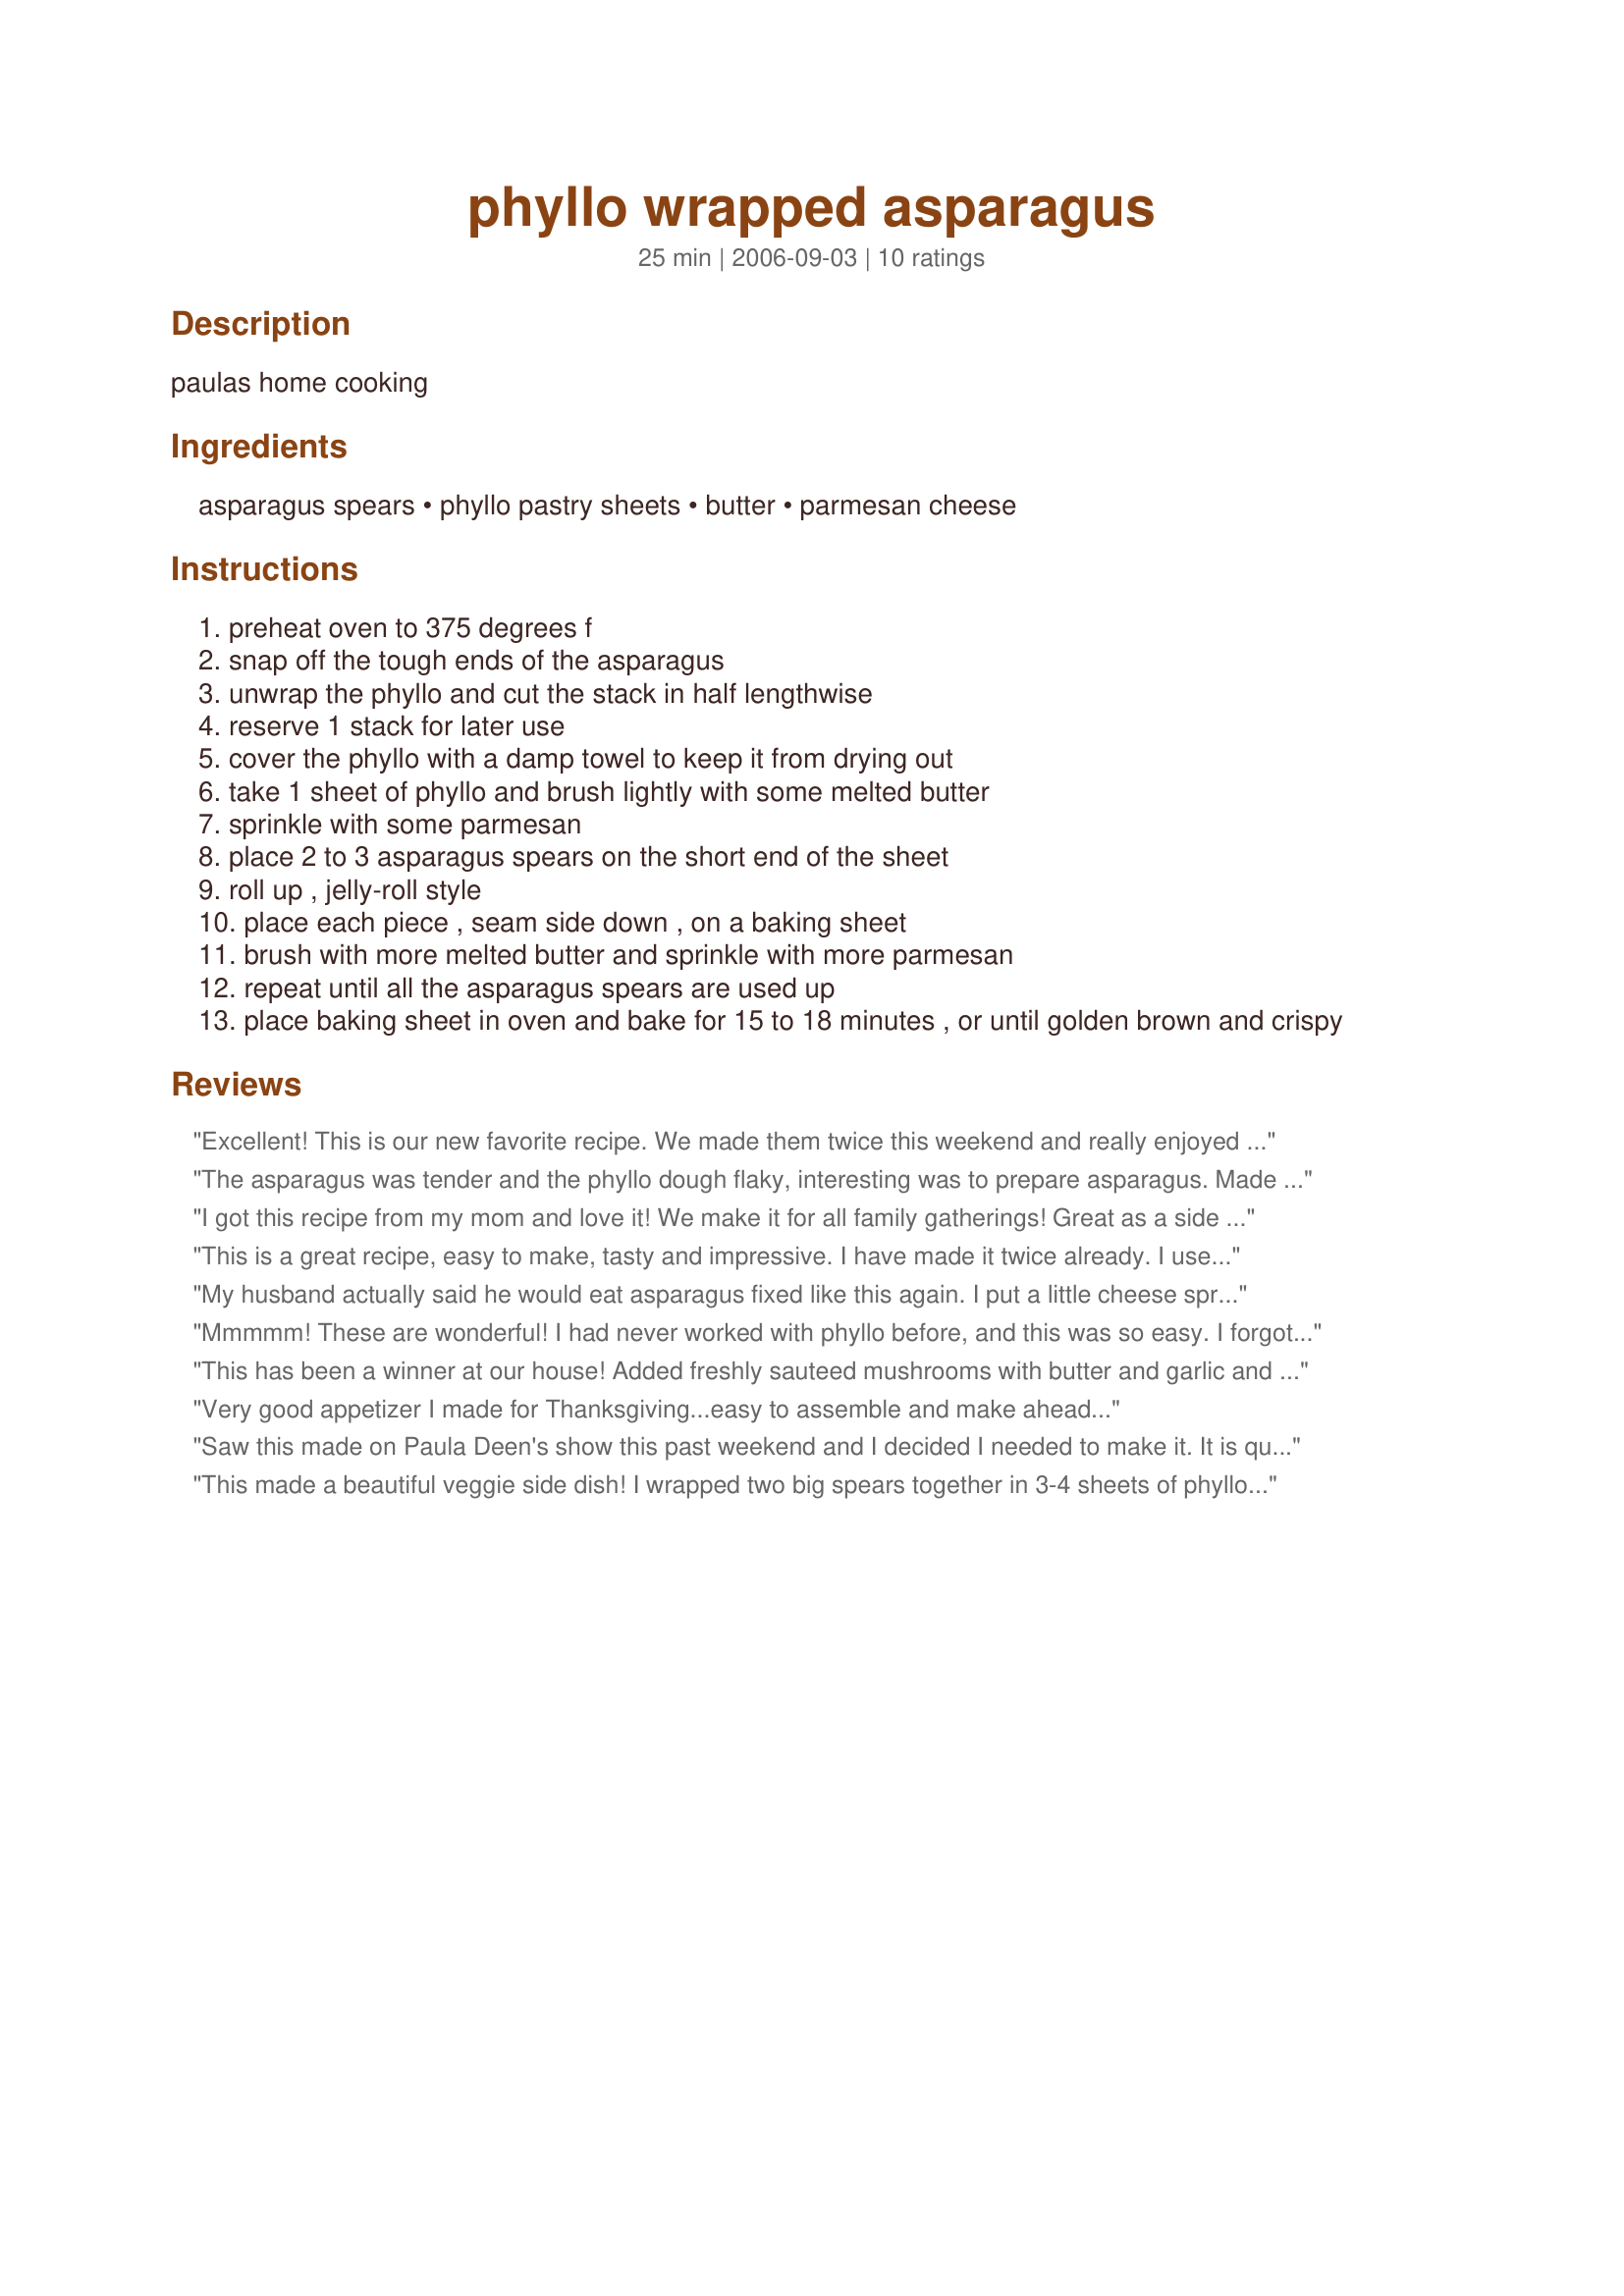
phyllo wrapped asparagus
Preparation time: 25 minutes

paulas home cooking

Ingredients:
asparagus spears, phyllo pastry sheets, butter, parmesan cheese

Steps:
preheat oven to 375 degrees f
snap off the tough ends of the asparagus
unwrap the phyllo and cut the stack in half lengthwise
reserve 1 stack for later use
cover the phyllo with a damp towel to keep it from drying out
take 1 sheet of phyllo and brush lightly with some melted butter
sprinkle with some parmesan
place 2 to 3 asparagus spears on the short end of the sheet
roll up , jelly-roll style
place each piece , seam side down , on a baking sheet
brush with more melted butter and sprinkle with more parmesan
repeat until all the asparagus spears are used up
place baking sheet in oven and bake for 15 to 18 minutes , or until golden brown and crispy

Reviews:
Excellent! This is our new favorite recipe. We made them twice this weekend and really enjoyed them.
The asparagus was tender and the phyllo dough flaky, interesting was to prepare asparagus. Made and reviewed for PAC, Spring 2008
I got this recipe from my mom and love it! We make it for all family gatherings! Great as a side dish or appetizer. We also pair it with grilled chicken. Yum!
This is a great recipe, easy to make, tasty and impressive. I have made it twice already. I used 1 sheet folded in half and buttered each half inside and out accordingly. I too sprinkled parmesan inside the layers of phyllo and the second time I added some chopped mushrooms in with the asparagus and of course a little dash of salt in each one. Thanks for sharing this one!
My husband actually said he would eat asparagus fixed like this again. I put a little cheese spread I had left from the puff pasty recipe #84688 becasue it needed used up. Turned out perfect. Thanks so much!
Mmmmm! These are wonderful! I had never worked with phyllo before, and this was so easy. I forgot to sprinkle Parmesan before rolling the asparagus. I did everything else according to the recipe, and we LOVED it. I don't think I'll be allowed to make asparagus any other way, now. Thanks.
This has been a winner at our house! Added freshly sauteed mushrooms with butter and garlic and used an Italian mix of low moisture cheeses. Thank you for this recipe! May try crumbled bacon in it next time.
Very good appetizer I made for Thanksgiving...easy to assemble and make ahead...
Saw this made on Paula Deen's show this past weekend and I decided I needed to make it. It is quite easy to prepare, although a bit time-consuming. I used 2 phyllo sheets per roll with butter and parmesan in between them. I used 2 spears per roll and got 10 rolls per my bunch of asparagus. I didn't measure the butter or asparagus since I used what I needed. These were golden brown after 15 minutes in my oven. I let these cool a few minutes before serving. They are addicting.
This made a beautiful veggie side dish! I wrapped two big spears together in 3-4 sheets of phyllo. I'll use fewer sheets next time - too buttery for me.

The asparagus needed a little something more for my taste, definitely some salt and maybe some pepper or rosemary/garlic seasoning.

It was a nice, relatively easy use for phyllo. Thanks!
